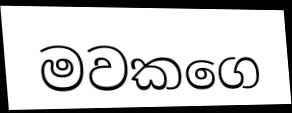
මවකගෙ